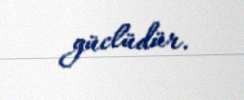
güclüdür.